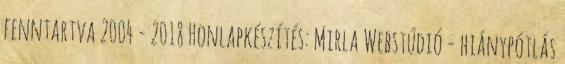
fenntartva 2004 - 2018 Honlapkészítés: Mirla Webstúdió - hiánypótlás